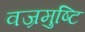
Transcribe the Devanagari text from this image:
वज्रमुष्टि